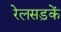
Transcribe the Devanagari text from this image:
रेलसड़कें